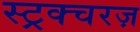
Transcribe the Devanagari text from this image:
स्ट्रक्चरज़